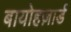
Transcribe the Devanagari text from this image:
बायोहज़ार्ड